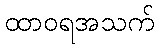
ထာဝရအသက်